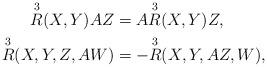
LaTeX: \begin{align*}\overset{3}{R} (X,Y)AZ & = A\overset{3}{R} (X,Y)Z, \\\overset{3}{R} (X,Y,Z,AW) & = - \overset{3}{R} (X,Y,AZ,W),\end{align*}